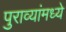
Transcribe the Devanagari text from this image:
पुराव्यांमध्ये